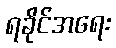
ရခိုင်အရေး